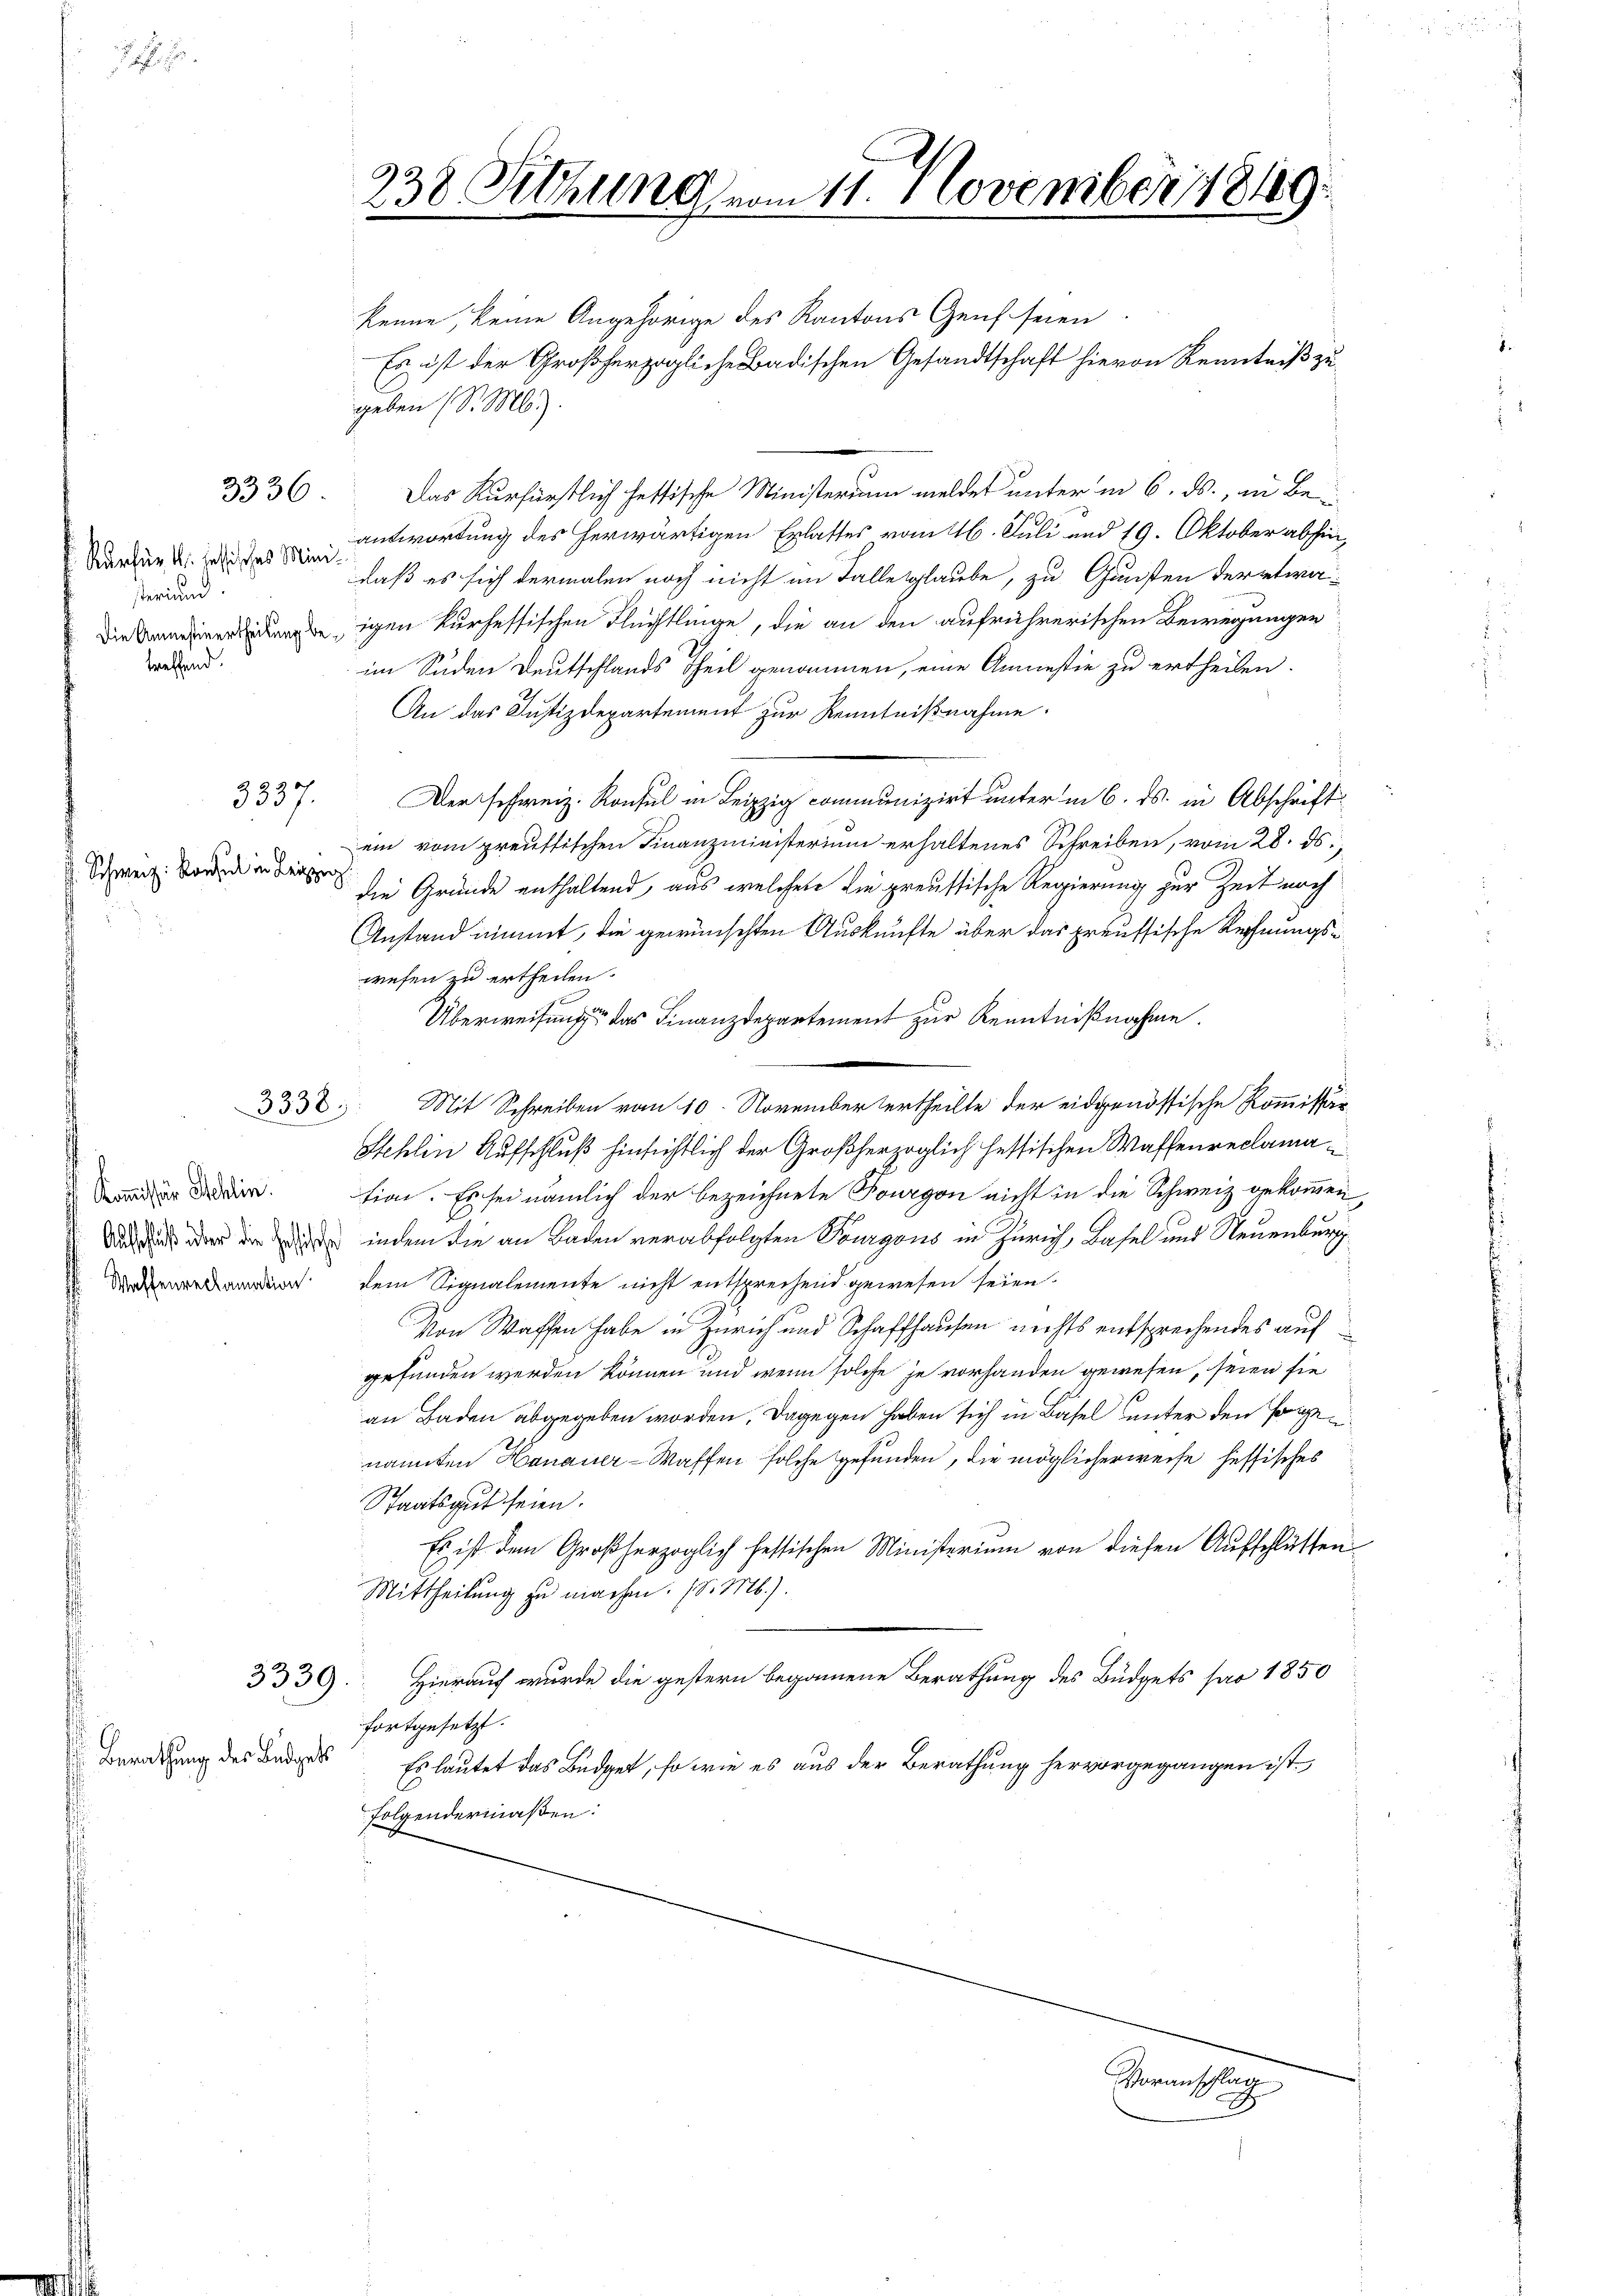
Kurfür M. lesisches Minister und
treffend.

3336

3537.

Schweiz. Konsul in Leipzig

3338.

Kommissär Schlin.
Waffenreclamation

3339.

Berathung des Budgets

238 Sitzung vom 11. November 18189.

kenne, keine Angehörige des Kantons Genf seien
Es ist der Großherzogliche Badischen Gesandtschaft hievon Kenntniß zu
geben (S. M.
Das Kurfürstlich hettische Ministerium meldet unter in 6. ds., in Beantwortung des herwärtigen Erlastes vom 16. Juli und 19. Oktober abhin,
daß es sich dermalen noch nicht im Falle glaube, zu Gunsten der etwaidrigen kurhessischen Flüchtlinge, die an den aufrührerischen Bewegungen
im Süden Deutschlands Theil genommen, eine Amnestie zu ertheilen.
An das Justizdepartement zur Kenntnißnahme.
Der schweiz. Konsul in Leipzig communizirt unter in 6. ds. in Abschrift
ein vom preussischen Finanzministerium erhaltenes Schreiben, vom 28. ds.,
die Gründe enthaltend, aus welchere die preussische Regierung zur Zeit noch
Anstand nimmt, die gewünschten Auskünfte über das preussische Rechnungswesen zu ertheilen.
Überweisung das Finanzdepartement zur Kenntnißnahme.
Mit Schreiben vom 10. November ertheilte der eidgenössische Kommissär
Stehlin Aufschluß hinsichtlich der Großherzoglich hessischen Waffenreclamation. Es sei nämlich der bezeichnete Fourgon nicht in die Schweiz gekommen,
 u der die die indem die an Baden verabfolgten Pourgons in Zürich, Basel und Neuenburg
dem Signalemente nicht entsprechend gewesen seien.
Von Waffen habe in Zürich und Schaffhausen nichts entsprechendes aufgefunden werden können und wenn solche je vorhanden gewesen, seien sie
an Baden abgegeben worden, dagegen haben sich in Basel unter den sogenannten Hanauer-Waffen solche gefunden, die möglicherweise heffisches
Staatsgut seien.
Es ist dem Großherzoglich festischen Ministerium von diesen Aufschlüssen
Mittheilung zu machen. (S. M.).
Hierauf wurde die gestern begonnene Berathung des Büdgets pro 1850
fortgesetzt.
Es lautet das Büdget, so wie es aus der Berathung hervorgegangen ist
folgendermaßen:

Voranschlag